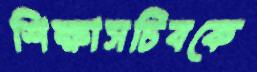
শিক্ষাসচিবকে